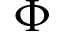
\Phi